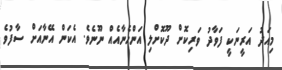
މިއަދު އަރީނަކީ ފަވާދު ވަރިކޮށް ދޫކޮށްލި އަންހެނާއެއް ނޫނެވެ. އެކަން އޭނާއަށް ސާފުވެ